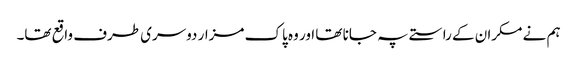
ہم نے مکران کے راستے پہ جانا تھا اور وہ پاک مزار دوسری طرف واقع تھا۔